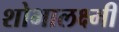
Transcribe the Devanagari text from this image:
शोभालक्ष्मी